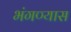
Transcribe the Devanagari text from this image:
भंगण्यास